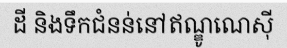
ដី និងទឹកជំនន់នៅឥណ្ឌូណេស៊ី